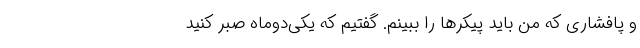
و پافشاری که من باید پیکرها را ببینم. گفتیم که یکی‌دوماه صبر کنید